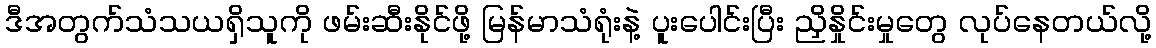
ဒီအတွက်သံသယရှိသူကို ဖမ်းဆီးနိုင်ဖို့ မြန်မာသံရုံးနဲ့ ပူးပေါင်းပြီး ညှိနှိုင်းမှုတွေ လုပ်နေတယ်လို့